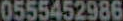
0555452986